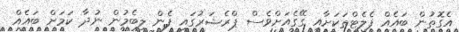
އެގޮތުން ބައެއް ފެލެޓްތަކަށާއި ގޭގެއަށްވެސް ޕްރެޝަރުގައި ފެން ލިބެމުން ނުދާ ކަމަށް ބައެއް